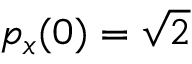
p _ { x } ( 0 ) = \sqrt { 2 }